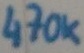
Text: 470K